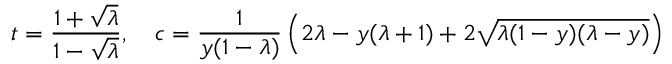
t = \frac { 1 + \sqrt { \lambda } } { 1 - \sqrt { \lambda } } , \ \ \ c = \frac { 1 } { y ( 1 - \lambda ) } \left( 2 \lambda - y ( \lambda + 1 ) + 2 \sqrt { \lambda ( 1 - y ) ( \lambda - y ) } \right)